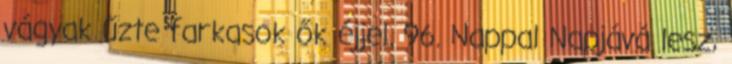
vágyak űzte farkasok ők éjjel. 96. Nappal Napjává lesz,